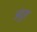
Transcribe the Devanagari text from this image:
अंदुरा